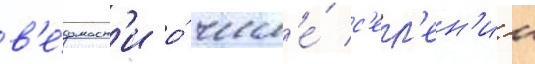
в'е́домост'и о́ числ'е́ с'ел'ен'ии